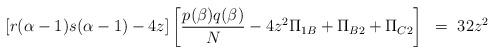
LaTeX: \begin{align*}[r(\alpha-1)s(\alpha-1)-4z]\left[ \frac{p(\beta)q(\beta)}{N} - 4z^2\Pi_{1B}+ \Pi_{B2} + \Pi_{C2} \right] ~=~ 32z^2\end{align*}